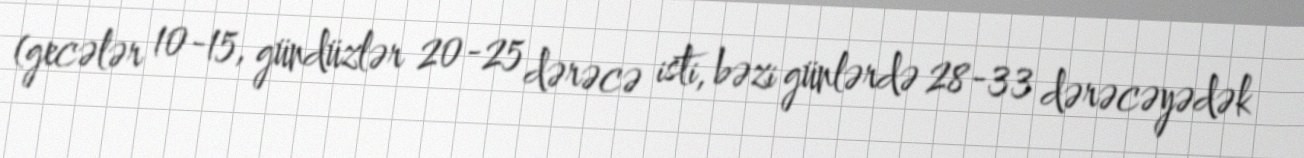
(gecələr 10-15, gündüzlər 20-25 dərəcə isti, bəzi günlərdə 28-33 dərəcəyədək